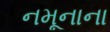
નમૂનાના